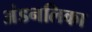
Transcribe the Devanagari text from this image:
अंडनलिका